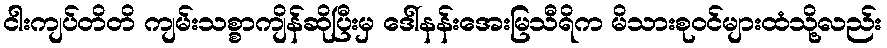
ငါးကျပ်တိတိ ကျမ်းသစ္စာကျိန်ဆိုပြီးမှ ဒေါ်နန်းအေးမြသီရိက မိသားစုဝင်များထံသို့လည်း